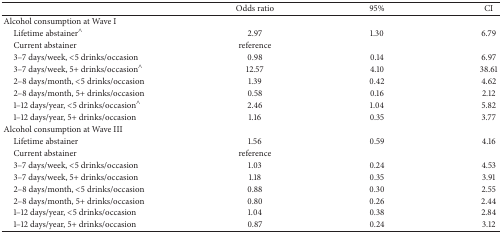
<table><thead><tr><td><b> </b></td><td><b>Odds ratio</b></td><td><b>95%</b></td><td><b>CI</b></td></tr></thead><tbody><tr><td>Alcohol consumption at Wave I</td><td> </td><td> </td><td> </td></tr><tr><td> Lifetime abstainer<sup><i>∧</i></sup></td><td>2.97</td><td>1.30</td><td>6.79</td></tr><tr><td> Current abstainer</td><td>reference</td><td> </td><td> </td></tr><tr><td> 3–7 days/week, &lt;5 drinks/occasion</td><td>0.98</td><td>0.14</td><td>6.97</td></tr><tr><td> 3–7 days/week, 5+ drinks/occasion<sup><i>∧</i></sup></td><td>12.57</td><td>4.10</td><td>38.61</td></tr><tr><td> 2–8 days/month, &lt;5 drinks/occasion</td><td>1.39</td><td>0.42</td><td>4.62</td></tr><tr><td> 2–8 days/month, 5+ drinks/occasion</td><td>0.58</td><td>0.16</td><td>2.12</td></tr><tr><td> 1–12 days/year, &lt;5 drinks/occasion<sup><i>∧</i></sup></td><td>2.46</td><td>1.04</td><td>5.82</td></tr><tr><td> 1–12 days/year, 5+ drinks/occasion</td><td>1.16</td><td>0.35</td><td>3.77</td></tr><tr><td>Alcohol consumption at Wave III</td><td> </td><td> </td><td> </td></tr><tr><td> Lifetime abstainer</td><td>1.56</td><td>0.59</td><td>4.16</td></tr><tr><td> Current abstainer</td><td>reference</td><td> </td><td> </td></tr><tr><td> 3–7 days/week, &lt;5 drinks/occasion</td><td>1.03</td><td>0.24</td><td>4.53</td></tr><tr><td> 3–7 days/week, 5+ drinks/occasion</td><td>1.18</td><td>0.35</td><td>3.91</td></tr><tr><td> 2–8 days/month, &lt;5 drinks/occasion</td><td>0.88</td><td>0.30</td><td>2.55</td></tr><tr><td> 2–8 days/month, 5+ drinks/occasion</td><td>0.80</td><td>0.26</td><td>2.44</td></tr><tr><td> 1–12 days/year, &lt;5 drinks/occasion</td><td>1.04</td><td>0.38</td><td>2.84</td></tr><tr><td> 1–12 days/year, 5+ drinks/occasion</td><td>0.87</td><td>0.24</td><td>3.12</td></tr></tbody></table>